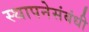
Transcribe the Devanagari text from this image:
स्थापनेसंबंधी